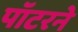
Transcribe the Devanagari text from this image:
पॉटरने